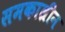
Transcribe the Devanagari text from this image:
समकाल्रीन